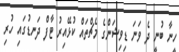
ހީނާ ބުނީ ދެ ވަނަ ޑިވިޝަންގެ މެޗްތައް ކުޅޭއިރު ޓާފް ދަނޑުގައި ހުރި